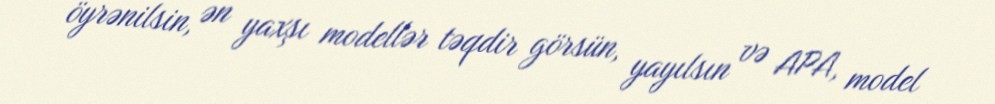
öyrənilsin, ən yaxşı modellər təqdir görsün, yayılsın və APA, model